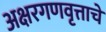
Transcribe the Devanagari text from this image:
अक्षरगणवृत्ताचे